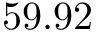
5 9 . 9 2